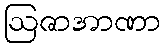
ဩဇာအာဏာ